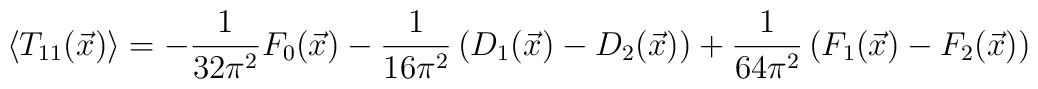
\left\langle T_{11}(\vec{x})\right\rangle =-\frac{1}{32\pi ^{2}}F_{0}(\vec{x})-\frac{1}{16\pi ^{2}}\left( D_{1}(\vec{x})-D_{2}(\vec{x})\right) +\frac{1}{64\pi ^{2}}\left( F_{1}(\vec{x})-F_{2}(\vec{x})\right)